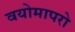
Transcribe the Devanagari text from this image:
वयोमापरो